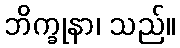
ဘိက္ခုနာ၊ သည်။